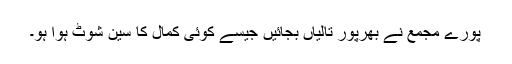
پورے مجمع نے بھرپور تالیاں بجائیں جیسے کوئی کمال کا سین شوٹ ہوا ہو۔